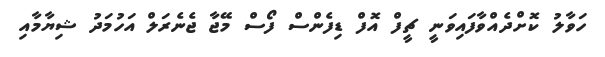
ހަވާލު ކޮށްދެއްވާފައިވަނީ ޗީފް އޮފް ޑިފެންސް ފޯސް މޭޖާ ޖެނެރަލް އަހުމަދު ޝިޔާމާއި